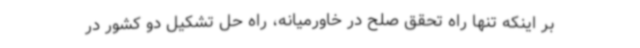
بر اینکه تنها راه تحقق صلح در خاورمیانه، راه حل تشکیل دو کشور در